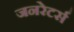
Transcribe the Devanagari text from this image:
जनरेटर्स